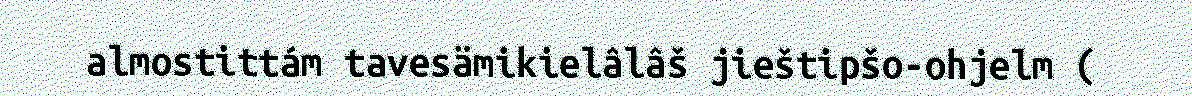
almostittám tavesämikielâlâš jieštipšo-ohjelm (